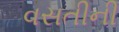
વસતીની